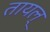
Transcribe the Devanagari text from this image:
तायल्